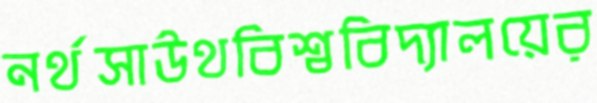
নর্থসাউথবিশ্ববিদ্যালয়ের